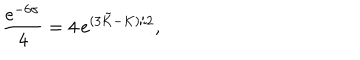
\frac { e ^ { - 6 \sigma } } { 4 } = 4 \, e ^ { ( 3 \tilde { K } - K ) / 2 } ,